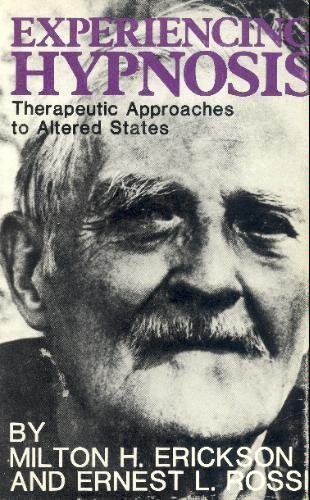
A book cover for Experiencing Hypnosis: Therapeutic Approaches to Altered States; Milton H. Erickson; Health, Fitness & Dieting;